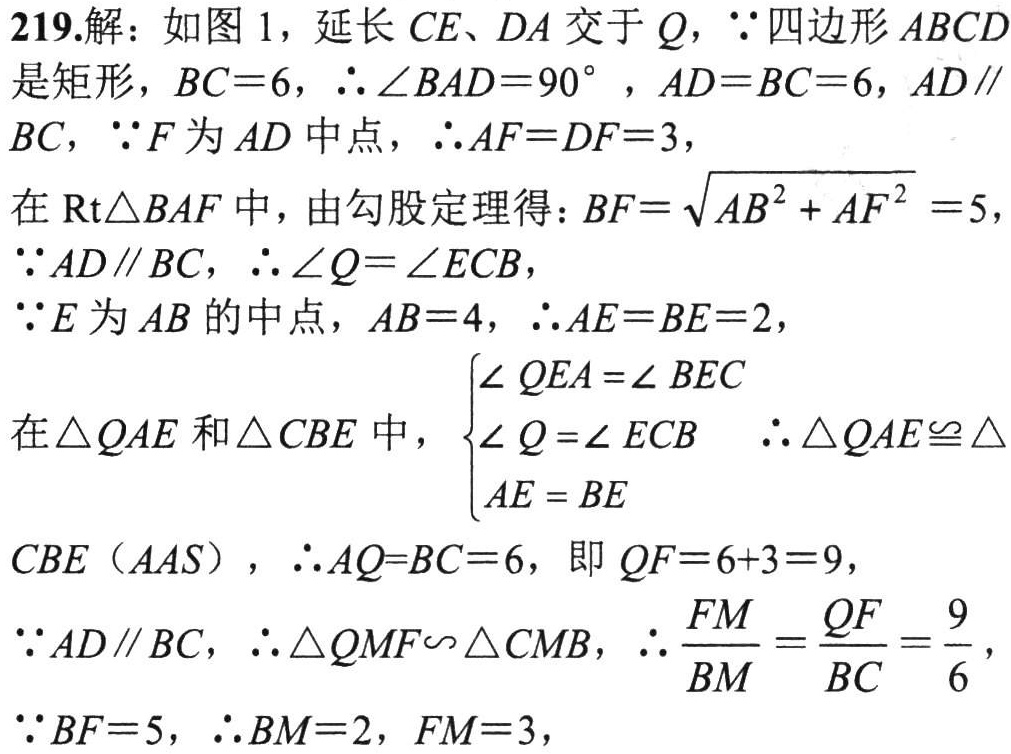
219.解：如图1，延长 \(CE、DA\) 交于 \(Q\)，\(\because\) 四边形 \(ABCD\) 是矩形，\(BC = 6\)，\(\therefore\angle BAD=90^{\circ}\)，\(AD = BC = 6\)，\(AD\parallel BC\)，\(\because F\) 为 \(AD\) 中点，\(\therefore AF = DF = 3\)，
在 \(Rt\triangle BAF\) 中，由勾股定理得：\(BF=\sqrt{AB^{2}+AF^{2}} = 5\)，
\(\because AD\parallel BC\)，\(\therefore\angle Q=\angle ECB\)，
\(\because E\) 为 \(AB\) 的中点，\(AB = 4\)，\(\therefore AE = BE = 2\)，
在 \(\triangle QAE\) 和 \(\triangle CBE\) 中，\(\begin{cases}
\angle QEA=\angle BEC\\
\angle Q=\angle ECB\\
AE = BE
\end{cases}\) \(\therefore\triangle QAE\cong\triangle CBE\)（\(AAS\)），\(\therefore AQ = BC = 6\)，即 \(QF = 6 + 3 = 9\)，
\(\because AD\parallel BC\)，\(\therefore\triangle QMF\sim\triangle CMB\)，\(\therefore\frac{FM}{BM}=\frac{QF}{BC}=\frac{9}{6}\)，
\(\because BF = 5\)，\(\therefore BM = 2\)，\(FM = 3\)，